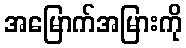
အမြောက်အမြားကို